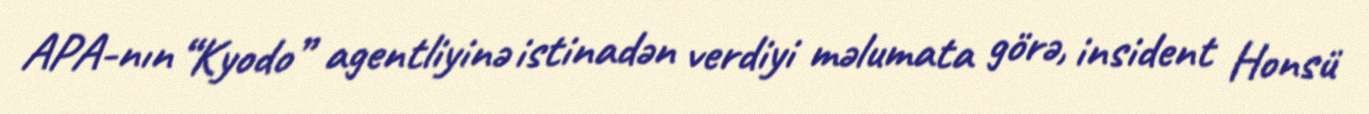
APA-nın “Kyodo” agentliyinə istinadən verdiyi məlumata görə, insident Honsü